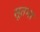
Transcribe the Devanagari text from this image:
सूतभर